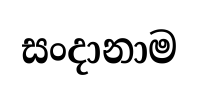
සංදානාම